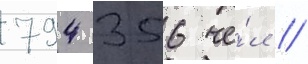
794 356 че́л //